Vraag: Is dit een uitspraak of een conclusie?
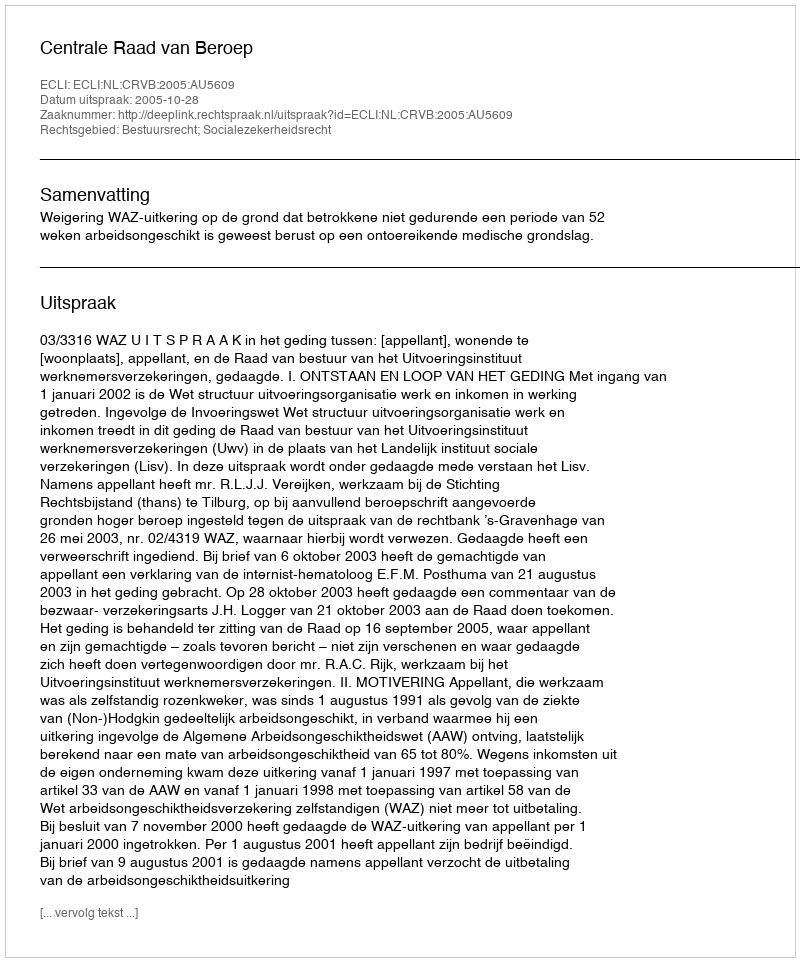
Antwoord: Uitspraak